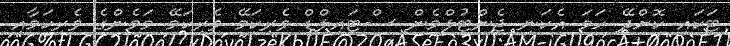
ޓަކައި ކޮށްދޭ ހަމަ އެކަނި ޖެންޓުލްމެން ސްޓައިލްޑް ވެރިކަމޭ ވެރިކަމޭ މަމެންގެ ވެރިކަމާއި